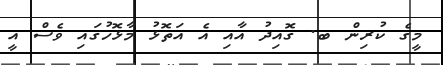
މީގެ ކުރިން ބ. ގޮއިދު އާއި އެ އަތޮޅު މާޅޮހުގައި ވެސް އީ